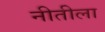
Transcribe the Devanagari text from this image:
नीतीला